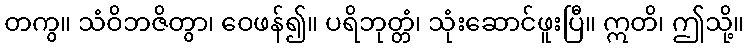
တကွ။ သံဝိဘဇိတွာ၊ ဝေဖန်၍။ ပရိဘုတ္တံ၊ သုံးဆောင်ဖူးပြီ။ ဣတိ၊ ဤသို့။